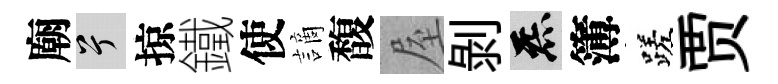
廟兮掠鐵使謫馥屋剝炁簿蹉贾